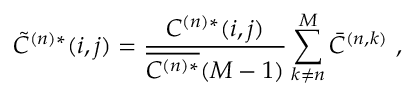
\tilde { C } ^ { ( n ) * } ( i , j ) = \frac { C ^ { ( n ) * } ( i , j ) } { \overline { { C ^ { ( n ) * } } } ( M - 1 ) } \sum _ { k \neq n } ^ { M } \bar { C } ^ { ( n , k ) } ~ ,